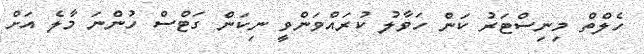
ހެލްތް މިނިސްޓަރު ކަން ހަވާލު ކުރައްވަންވީ ނިކަން ގަޓްސް ހުންނަ މާލެ އަށް